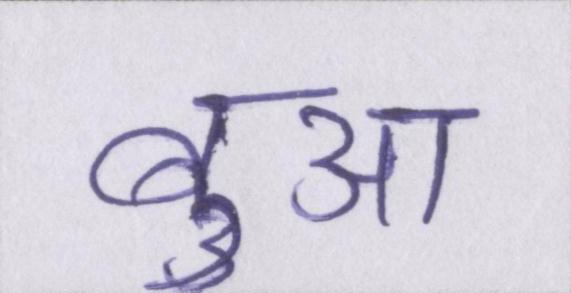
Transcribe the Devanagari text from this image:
बुआ